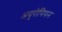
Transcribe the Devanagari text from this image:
अयुरोपियन